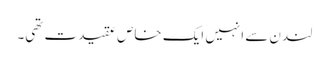
لندن سے انہیں ایک خاص عقیدت تھی۔